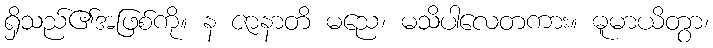
ရှိသည်၏အဖြစ်ကို။ န ဇာနာတိ မညေ၊ မသိပါလေတကား။ ဓူမာယိတွာ၊